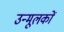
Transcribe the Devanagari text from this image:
उन्मूलकों